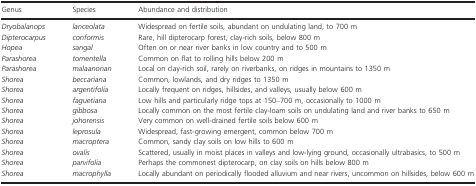
<table><thead><tr><td><b>Genus</b></td><td><b>Species</b></td><td><b>Abundance and distribution</b></td></tr></thead><tbody><tr><td><i>Dryobalanops</i></td><td><i>lanceolata</i></td><td>Widespread on fertile soils, abundant on undulating land, to 700 m</td></tr><tr><td><i>Dipterocarpus</i></td><td><i>conformis</i></td><td>Rare, hill dipterocarp forest, clay-rich soils, below 800 m</td></tr><tr><td><i>Hopea</i></td><td><i>sangal</i></td><td>Often on or near river banks in low country and to 500 m</td></tr><tr><td><i>Parashorea</i></td><td><i>tomentella</i></td><td>Common on flat to rolling hills below 200 m</td></tr><tr><td><i>Parashorea</i></td><td><i>malaanonan</i></td><td>Local on clay-rich soil, rarely on riverbanks, on ridges in mountains to 1350 m</td></tr><tr><td><i>Shorea</i></td><td><i>beccariana</i></td><td>Common, lowlands, and dry ridges to 1350 m</td></tr><tr><td><i>Shorea</i></td><td><i>argentifolia</i></td><td>Locally frequent on ridges, hillsides, and valleys, usually below 600 m</td></tr><tr><td><i>Shorea</i></td><td><i>faguetiana</i></td><td>Low hills and particularly ridge tops at 150–700 m, occasionally to 1000 m</td></tr><tr><td><i>Shorea</i></td><td><i>gibbosa</i></td><td>Locally common on the most fertile clay-loam soils on undulating land and river banks to 650 m</td></tr><tr><td><i>Shorea</i></td><td><i>johorensis</i></td><td>Very common on well-drained fertile soils below 600 m</td></tr><tr><td><i>Shorea</i></td><td><i>leprosula</i></td><td>Widespread, fast-growing emergent, common below 700 m</td></tr><tr><td><i>Shorea</i></td><td><i>macroptera</i></td><td>Common, sandy clay soils on low hills to 600 m</td></tr><tr><td><i>Shorea</i></td><td><i>ovalis</i></td><td>Scattered, usually in moist places in valleys and low-lying ground, occasionally ultrabasics, to 500 m</td></tr><tr><td><i>Shorea</i></td><td><i>parvifolia</i></td><td>Perhaps the commonest dipterocarp, on clay soils on hills below 800 m</td></tr><tr><td><i>Shorea</i></td><td><i>macrophylla</i></td><td>Locally abundant on periodically flooded alluvium and near rivers, uncommon on hillsides, below 600 m</td></tr></tbody></table>